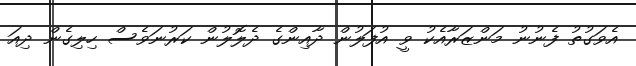
އެވަގުތު ފެނުނު މަންޒަރާއެކު ވީ އުފަލުން ދާއިންގެ ދެލޮލުން ކަރުނަވެސް ހިލިގެން ދިއަ